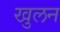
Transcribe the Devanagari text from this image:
खुलन